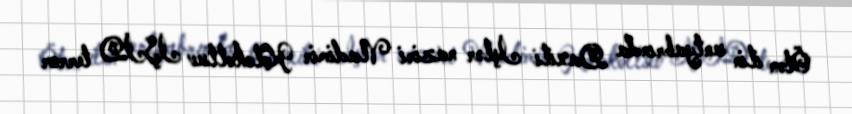
Ötən ilin sentyabrında Daxili İşlər naziri Vladimir Kolokoltsev İŞİD terror